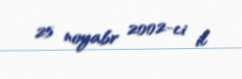
25 noyabr 2002-ci il